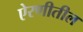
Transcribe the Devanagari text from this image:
ऐरणीतील